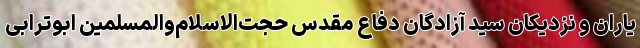
یاران و نزدیکان سید آزادگان دفاع مقدس حجت‌الاسلام‌والمسلمین ابوترابی